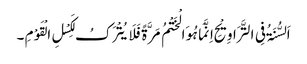
اَلسُّنَۃُ فِی التَّرَاوِیْحِ اِنَّمَا ہُوَالْخَتْمُ مَرَّۃً فَلَایُتْرَکُ لِکَسْلِ الْقَوْمِ ۔